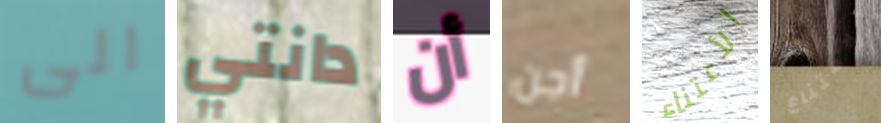
الى دانتي أن أجن الأعتناء الامتناع